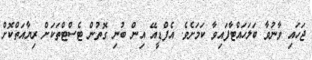
ޖަހައި ވާނުވާ ބަލަހައްޓާފައިވާ ކަމަށެވެ. އެފްޑީއޭ އިން ބުނި ގޮތުން ޓެސްޓްތަކަށް ރިޔާއަތްކޮށް